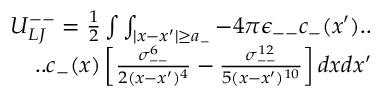
\begin{array} { r } { U _ { L J } ^ { -- } = \frac { 1 } { 2 } \int \int _ { | x - x ^ { \prime } | \geq a _ { - } } - 4 \pi \epsilon _ { -- } c _ { - } ( x ^ { \prime } ) . . } \\ { . . c _ { - } ( x ) \left[ \frac { \sigma _ { -- } ^ { 6 } } { 2 ( x - x ^ { \prime } ) ^ { 4 } } - \frac { \sigma _ { -- } ^ { 1 2 } } { 5 ( x - x ^ { \prime } ) ^ { 1 0 } } \right] d x d x ^ { \prime } } \end{array}